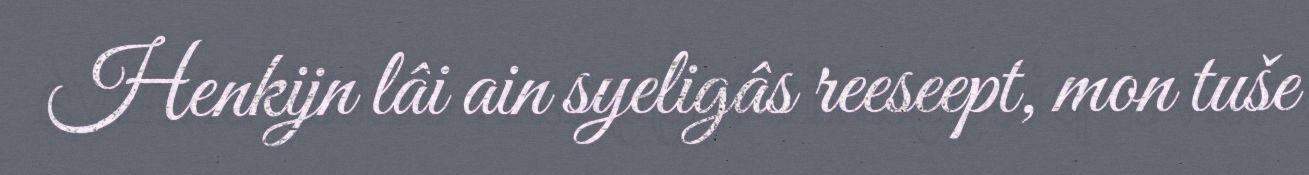
Henkijn lâi ain syeligâs reeseept, mon tuše